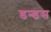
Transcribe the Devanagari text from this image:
डन्डस